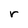
Character: r